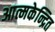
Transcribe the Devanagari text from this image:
आत्मकेन्द्रित